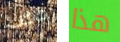
خاطب هذا